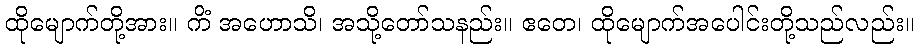
ထိုမျောက်တို့အား။ ကိံ အဟောသိ၊ အသို့တော်သနည်း။ ဧတေ၊ ထိုမျောက်အပေါင်းတို့သည်လည်း။